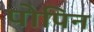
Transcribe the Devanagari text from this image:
पोपिन